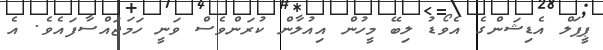
ޕީޕަލް އެޑިޝަންގެ އެވޯޑު ލިބޭ މީހުން އިއުލާން ކުރަންވެސް ވަނީ ހަމަޖައްސާފައެވެ. އެ